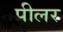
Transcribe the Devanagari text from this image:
पीलर